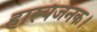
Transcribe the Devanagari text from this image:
हास्यजनक।